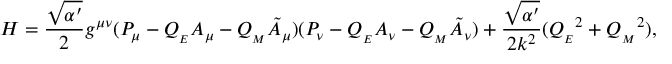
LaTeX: H = \frac { \sqrt { \alpha ^ { \prime } } } { 2 } g ^ { \mu \nu } ( P _ { \mu } - Q _ { _ { E } } { \cal A } _ { \mu } - Q _ { _ { M } } { \tilde { \cal A } } _ { \mu } ) ( P _ { \nu } - Q _ { _ { E } } { \cal A } _ { \nu } - Q _ { _ { M } } { \tilde { \cal A } } _ { \nu } ) + \frac { \sqrt { \alpha ^ { \prime } } } { 2 k ^ { 2 } } ( { Q _ { _ { E } } } ^ { 2 } + { Q _ { _ { M } } } ^ { 2 } ) ,